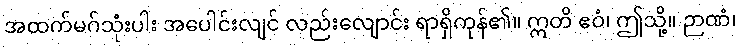
အထက်မဂ်သုံးပါး အပေါင်းလျင် လည်းလျောင်း ရာရှိကုန်၏။ ဣတိ ဧဝံ၊ ဤသို့။ ဉာဏံ၊